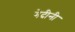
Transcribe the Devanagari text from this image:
गेदीनी